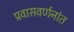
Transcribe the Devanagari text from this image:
प्रवासवर्णनांत